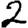
Digit: 2